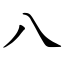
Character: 八